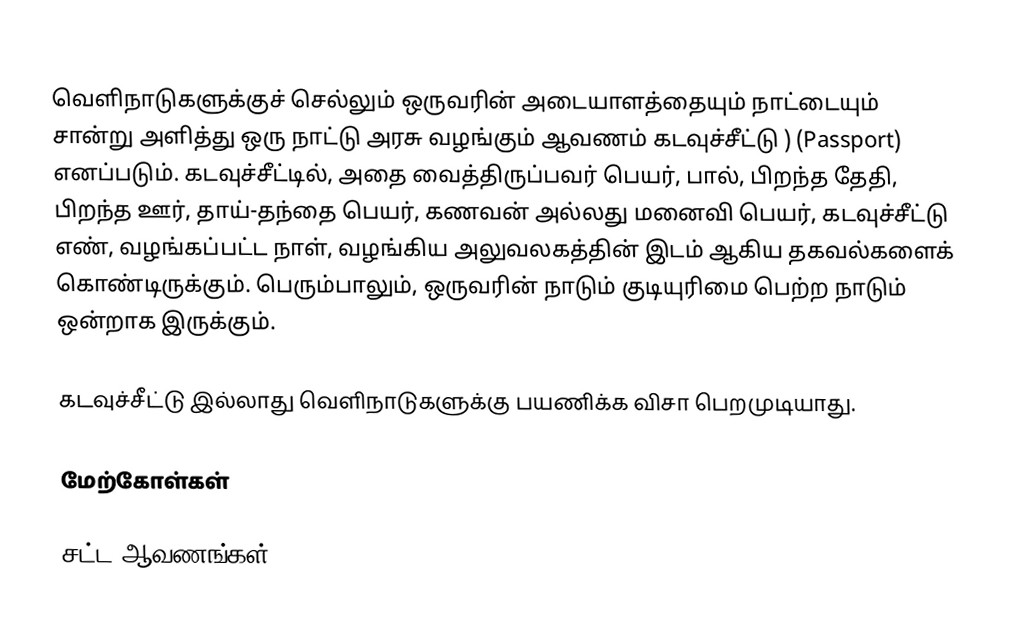
வெளிநாடுகளுக்குச் செல்லும் ஒருவரின் அடையாளத்தையும் நாட்டையும் சான்று அளித்து ஒரு நாட்டு அரசு வழங்கும் ஆவணம் கடவுச்சீட்டு )  (Passport) எனப்படும். கடவுச்சீட்டில், அதை வைத்திருப்பவர் பெயர், பால், பிறந்த தேதி, பிறந்த ஊர், தாய்-தந்தை பெயர், கணவன் அல்லது மனைவி பெயர், கடவுச்சீட்டு எண், வழங்கப்பட்ட நாள்,  வழங்கிய அலுவலகத்தின் இடம் ஆகிய தகவல்களைக் கொண்டிருக்கும். பெரும்பாலும், ஒருவரின் நாடும் குடியுரிமை பெற்ற நாடும் ஒன்றாக இருக்கும்.

கடவுச்சீட்டு இல்லாது வெளிநாடுகளுக்கு பயணிக்க விசா பெறமுடியாது.

மேற்கோள்கள்

சட்ட ஆவணங்கள்